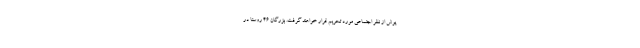
پوش از نظر اجتماعی مورد تحریم قرار خواهند گرفت. بزرگان 46 روستا در